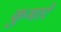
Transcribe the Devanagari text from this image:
कुमारे